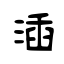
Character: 㴙